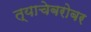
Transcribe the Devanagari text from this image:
त्याचेबरोबर